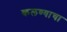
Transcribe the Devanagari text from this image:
कलण्याचा